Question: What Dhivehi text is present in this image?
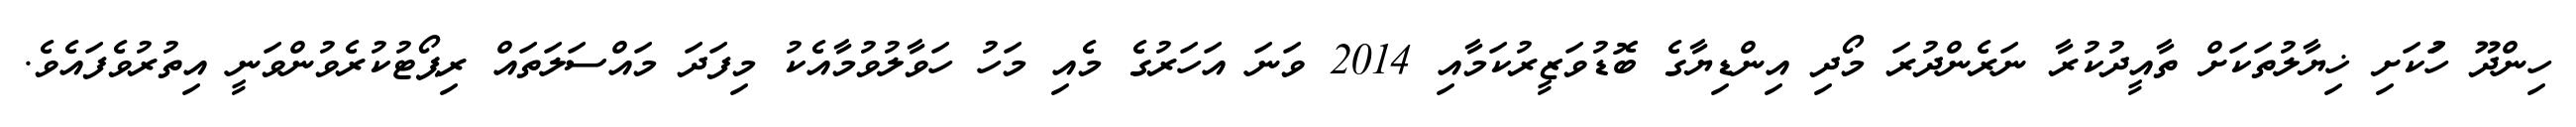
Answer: ހިންދޫ ހަުކަށި ޚިޔާލުތަކަށް ތާއީދުކުރާ ނަރެންދުރަ މޯދި އިންޑިޔާގެ ބޮޑުވަޒީރުކަމާއި 2014 ވަނަ އަހަރުގެ މެއި މަހު ހަވާލުވުމާއެކު މިފަދަ މައްސަލަތައް ރިޕޯޓުކުރެވުންވަނީ އިތުރުވެފައެވެ.